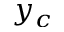
y _ { c }